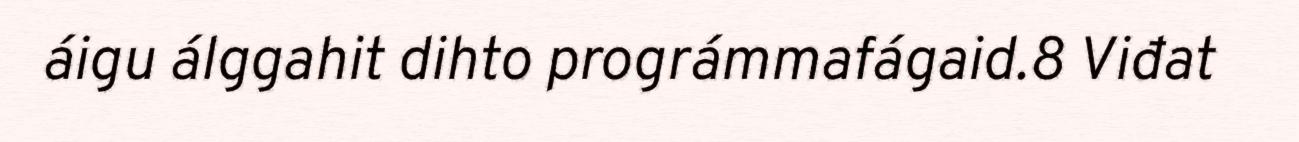
áigu álggahit dihto prográmmafágaid.8 Viđat